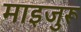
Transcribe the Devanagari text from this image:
माइजुरू